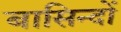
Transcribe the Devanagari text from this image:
बासिन्दों